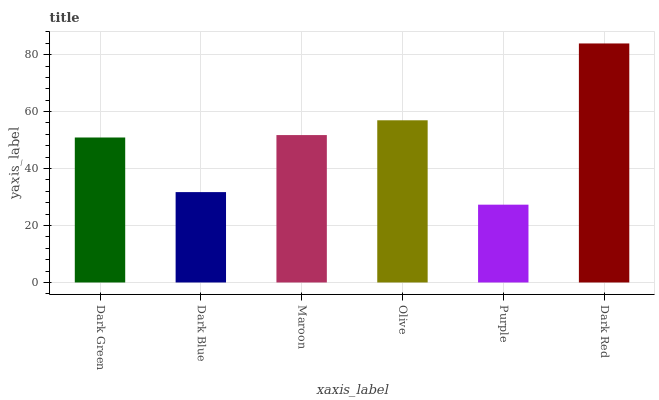
| xaxis_label | bars |
 | --- | --- |
 | Dark Green | 50.9 |
 | Dark Blue | 31.7 |
 | Maroon | 51.8 |
 | Olive | 56.9 |
 | Purple | 27.3 |
 | Dark Red | 83.9 |